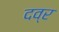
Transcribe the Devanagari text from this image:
दव्र